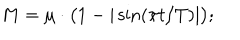
M = \mu \cdot \bigl ( 1 - | \sin ( \pi t / T ) | \bigr ) ;